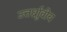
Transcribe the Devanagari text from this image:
उत्तर्ध्राुवीय